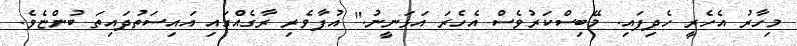
މިހާރު އެހެރީ ހެދިފައި. މޭބިސްކަރުވެސް އެހެރަ އަޅަނީނު." އުފާވެރި ރާގެއްގައި އައިސަތުދައިތަ ބުންޏެވެ.